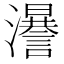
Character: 𤃵